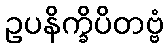
ဥပနိက္ခိပိတဗ္ဗံ